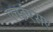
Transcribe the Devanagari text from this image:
एचईएसए